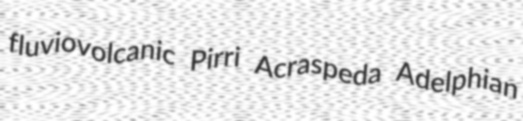
fluviovolcanic Pirri Acraspeda Adelphian